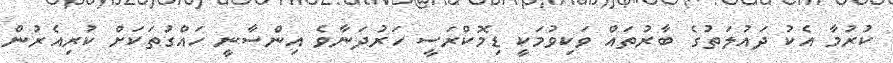
ކުރުމާ އެކު ދައުލަތުގެ ބާރުތައް ވަކިވުމަކީ ޑިމޮކްރަސީ ހަރުދަނާވެ އިންސާނީ ހައްގުތަކަށް ކުރިއެރުން